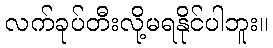
လက်ခုပ်တီးလို့မရနိုင်ပါဘူး။